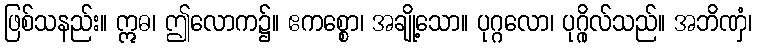
ဖြစ်သနည်း။ ဣဓ၊ ဤလောက၌။ ဧကစ္စော၊ အချို့သော။ ပုဂ္ဂလော၊ ပုဂ္ဂိုလ်သည်။ အဘိဏှံ၊